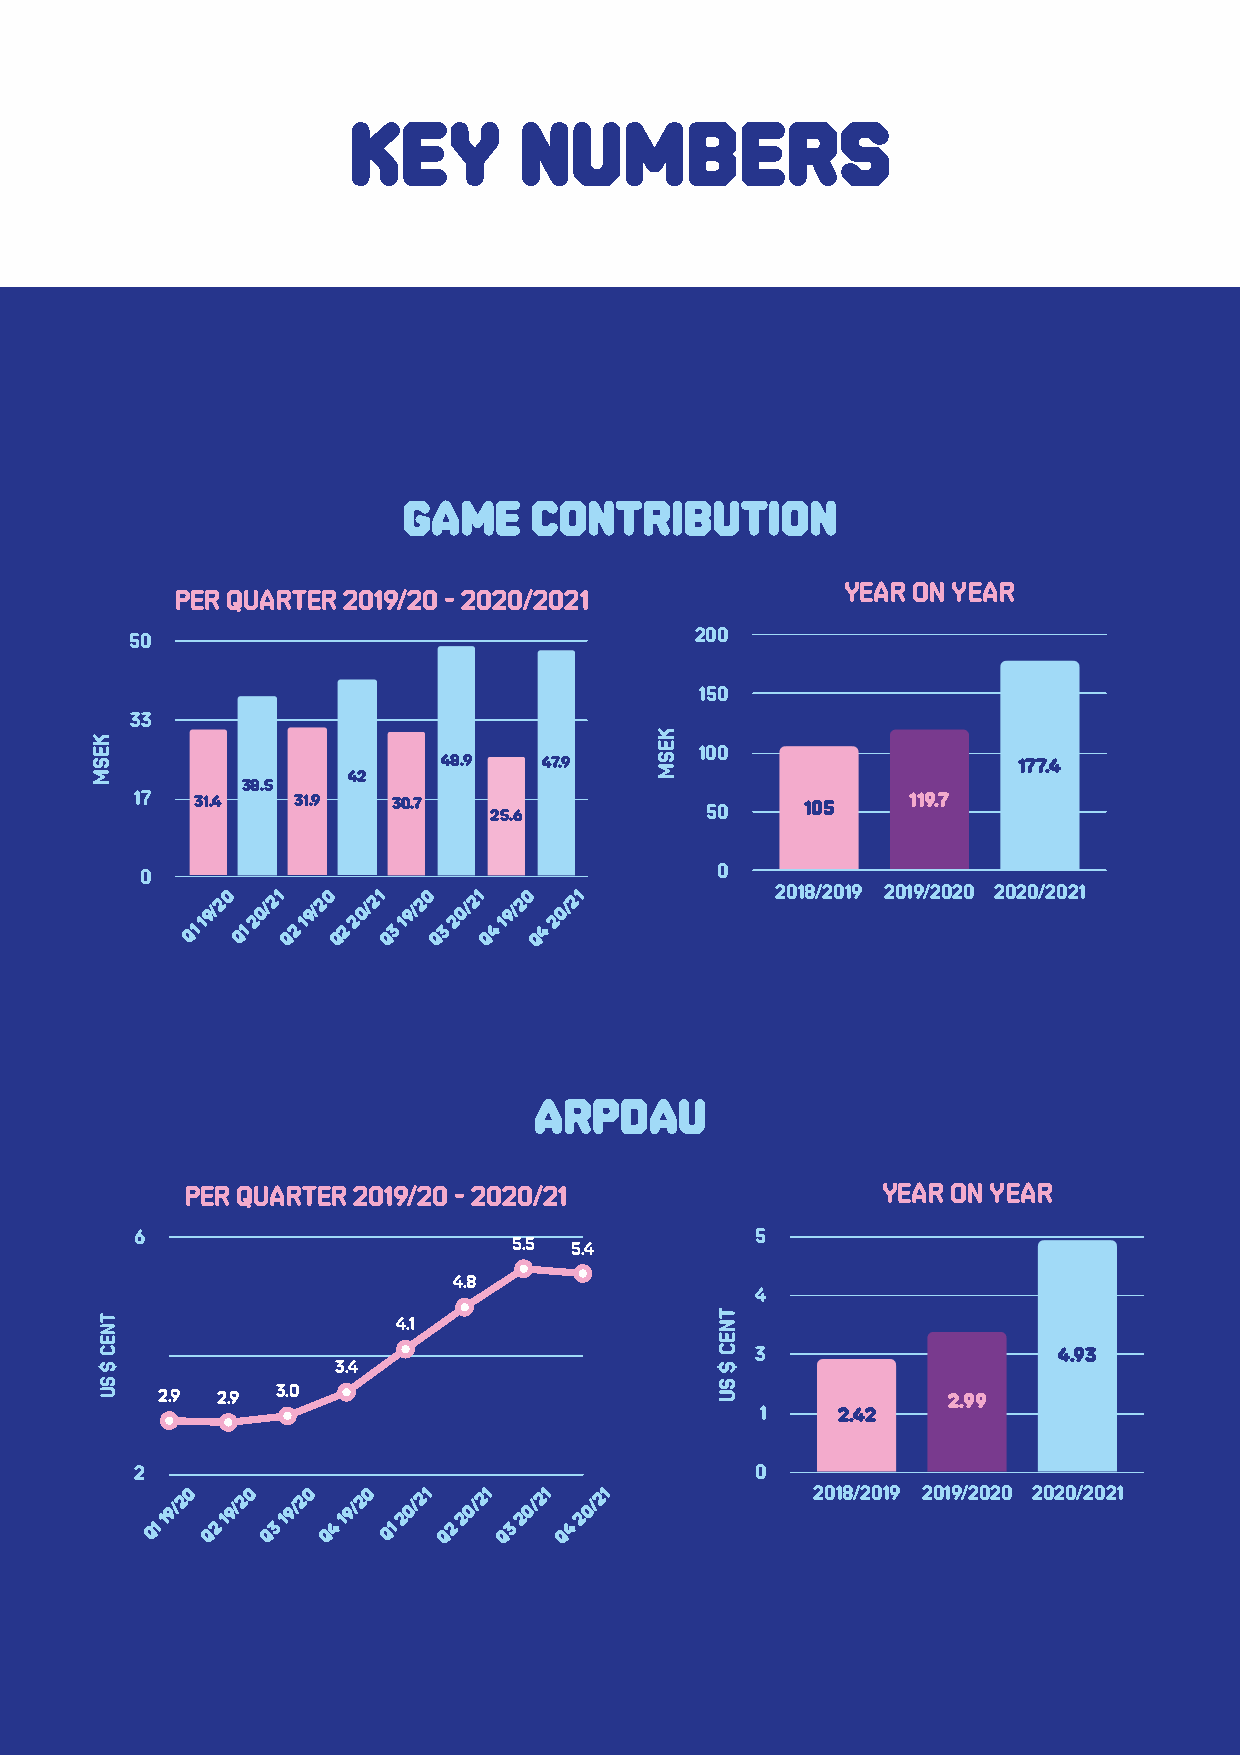
Key        numbers
 Game    contribution
 YEAR ON YEAR
 PER QUARTER 2019/20 - 2020/2021
 50                                   200
 150
 33
 100
 48.9   47.9                           177.4
 42
 38.5
 17  31.4  31.9   30.7  25.6           50    105    119.7
 0                                     0
 Q1
 19/20
 Q1
 20/21
 Q2
 19/20
 Q2
 20/21
 Q3
 19/20
 Q3
 20/21
 Q4
 19/20
 Q4
 20/21         2018/2019 2019/2020 2020/2021
 ARPDAU
 PER quarter 2019/20 - 2020/21                 YEAR ON YEAR
 6                                        5
 5.5 5.4
 4.8
 4
 4.1
 3                   4.93
 3.4
 2.9 2.9 3.0                                          2.99
 1    2.42
 2                                        0
 Q1
 19/20
 Q2
 19/20
 Q3
 19/20
 Q4
 19/20
 Q1
 20/21
 Q2
 20/21
 Q3
 20/21
 Q4
 20/21           2018/2019 2019/2020 2020/2021
 MAG Interactive AB (publ) org. nr: 556804-3524                   7
 KESM
 TNEC
 $
 SU
 KESM
 TNEC
 $
 SU